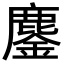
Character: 鏖